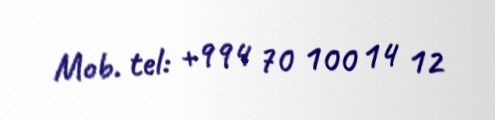
Mob. tel: +994 70 100 14 12